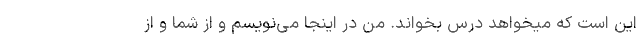
این است که میخواهد درس بخواند. من در اینجا می‌نویسم و از شما و از